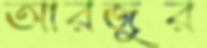
আরজুর